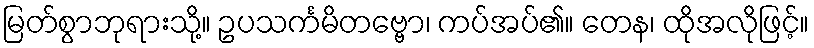
မြတ်စွာဘုရားသို့။ ဥပသင်္ကမိတဗ္ဗော၊ ကပ်အပ်၏။ တေန၊ ထိုအလိုဖြင့်။